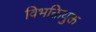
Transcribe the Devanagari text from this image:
विभक्तियुक्त